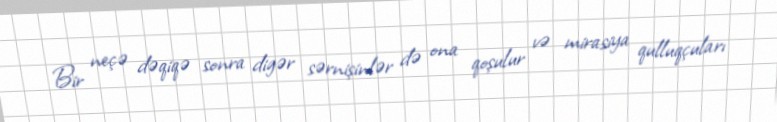
Bir neçə dəqiqə sonra digər sərnişinlər də ona qoşulur və mirasiya qulluqçuları